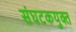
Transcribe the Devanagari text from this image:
संघटकयुक्त